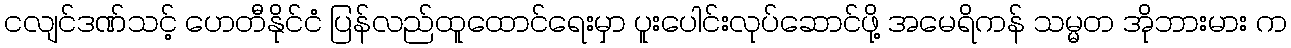
ငလျင်ဒဏ်သင့် ဟေတီနိုင်ငံ ပြန်လည်ထူထောင်ရေးမှာ ပူးပေါင်းလုပ်ဆောင်ဖို့ အမေရိကန် သမ္မတ အိုဘားမား က